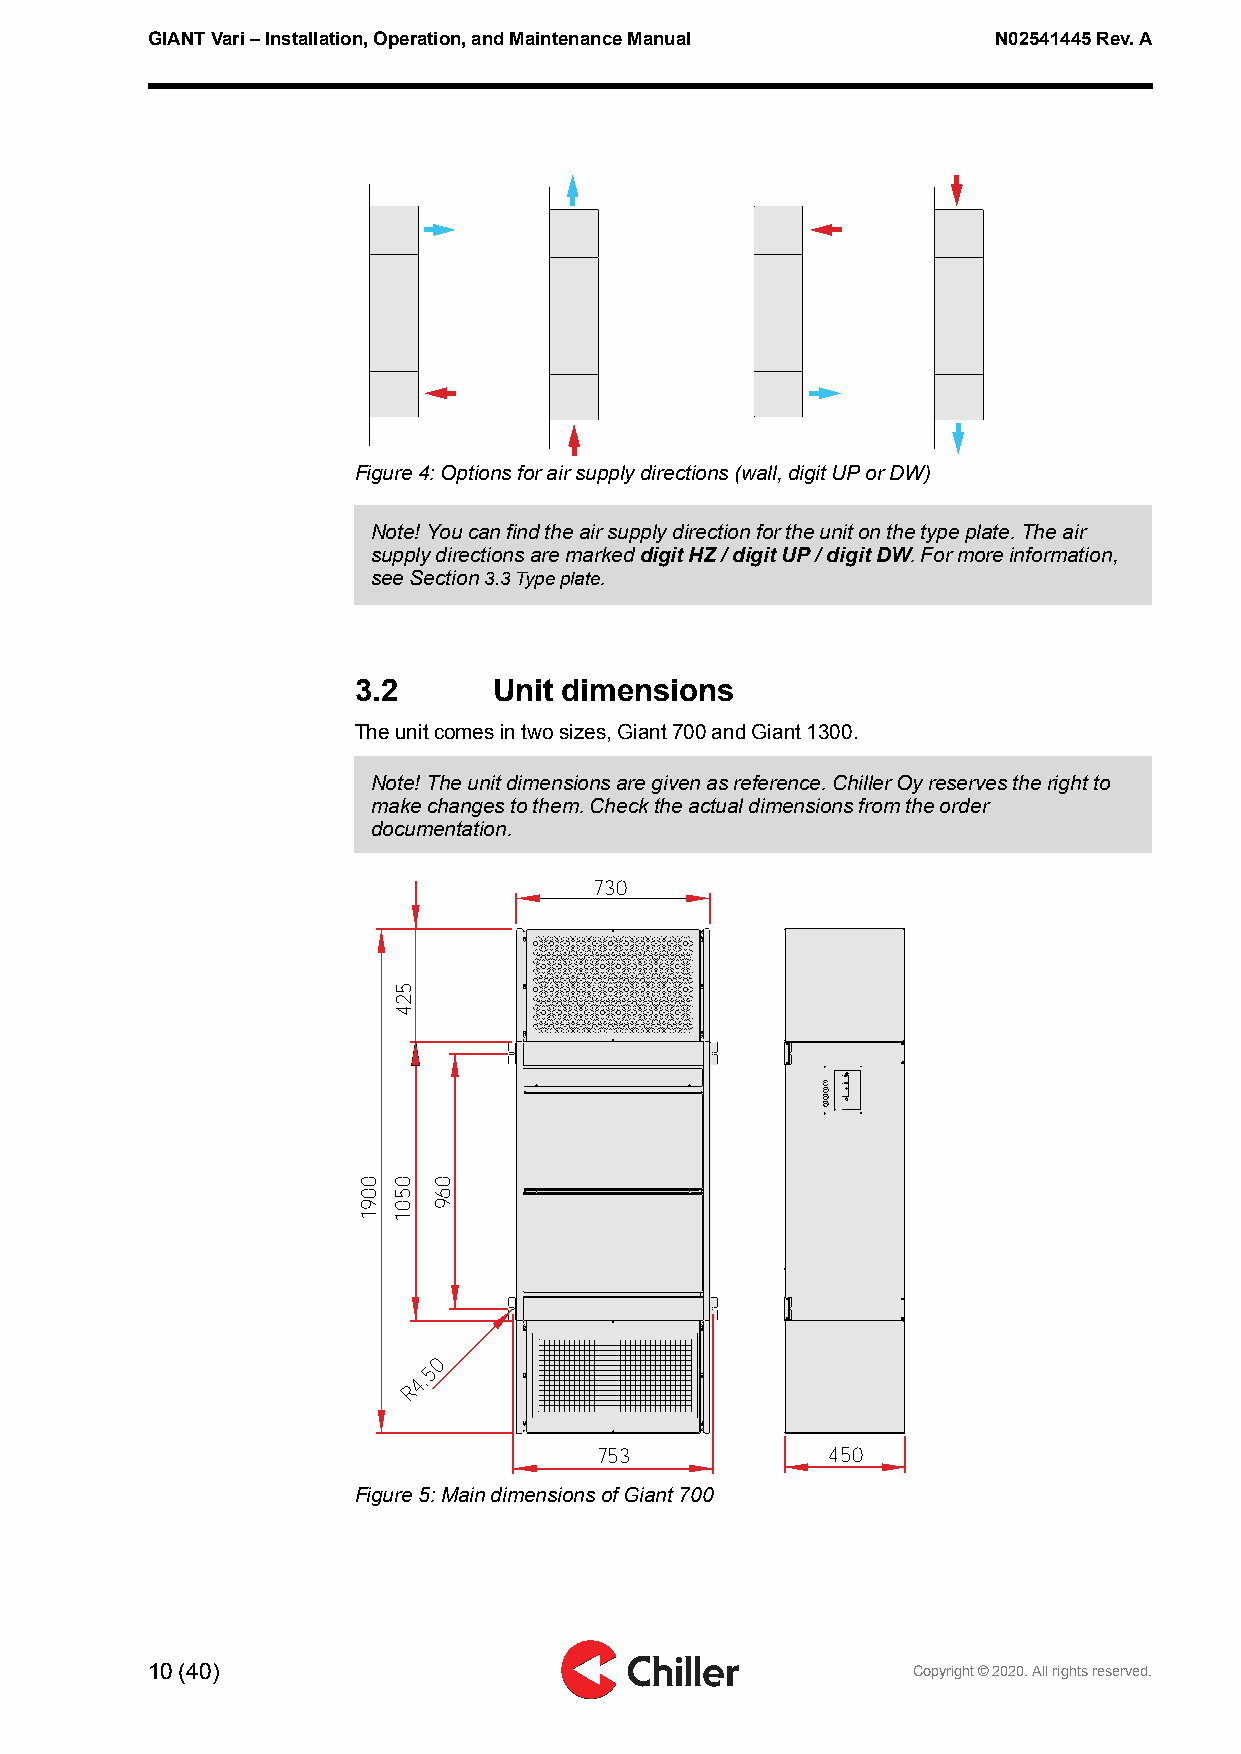
GIANTVari–Installation,Operation,andMaintenanceManual   N02541445Rev.A
 Figure4:Optionsforairsupplydirections(wall,digitUPorDW)
 Note!Youcanfindtheairsupplydirectionfortheunitonthetypeplate.Theair
 supplydirectionsaremarkeddigitHZ/digitUP/digitDW.Formoreinformation,
 seeSection3.3Typeplate.
 3.2      Unit dimensions
 Theunitcomesintwosizes,Giant700andGiant1300.
 Note!Theunitdimensionsaregivenasreference.ChillerOyreservestherightto
 makechangestothem.Checktheactualdimensionsfromtheorder
 documentation.
 730
 0
 5
 4,
 R
 753            450
 Figure5:MaindimensionsofGiant700
 10(40)                                            Copyright©2020.Allrightsreserved.
 0091
 524
 0501 069